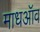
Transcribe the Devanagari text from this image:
माधऑव